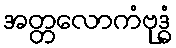
အတ္တလောကံဗုဒ္ဓံ